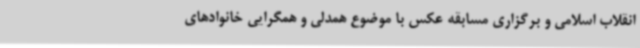
انقلاب اسلامی و برگزاری مسابقه عکس با موضوع همدلی و همگرایی خانوادهای